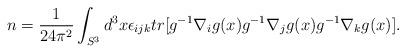
LaTeX: \begin{align*}n = \frac {1}{24 \pi^2} \int_{S^3} d^3 x \epsilon_{ijk} tr [ g^{-1} \nabla_i g(x) g^{-1} \nabla_j g(x) g^{-1} \nabla_k g(x) ].\end{align*}